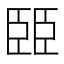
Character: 𦣩